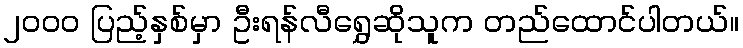
၂၀၀၀ ပြည့်နှစ်မှာ ဦးရန်လီရွှေဆိုသူက တည်ထောင်ပါတယ်။